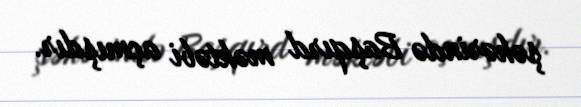
şəhərində Başqırd məktəbi açmışdır.